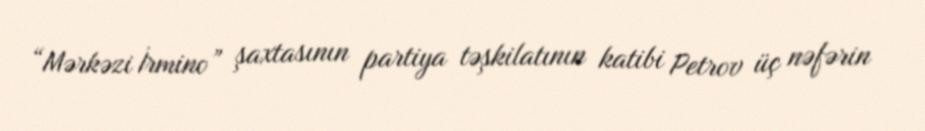
“Mərkəzi İrmino” şaxtasının partiya təşkilatının katibi Petrov üç nəfərin